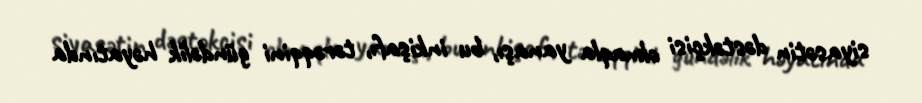
siyasətin dəstəkçisi olmaqla yanaşı, bu inkişafı, tərəqqini gündəlik həyatında